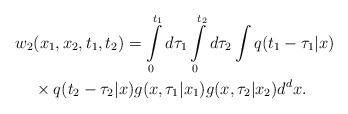
LaTeX: \begin{align*}w_2 & (x_1,x_2,t_1,t_2) = \int\limits_0^{t_1} d\tau_1\int\limits_0^{t_2} d\tau_2 \int q(t_1-\tau_1|x) \\& \times q(t_2-\tau_2|x) g(x,\tau_1|x_1) g(x,\tau_2|x_2)d^d x . \\\end{align*}